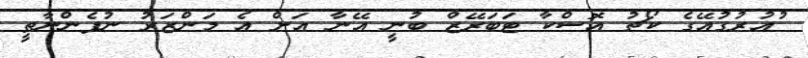
ުއުރުގުއޭގެ ކޯޗު އޮސްކާ ޓަބަރޭޒް ބުނީ އޭނާ އަށް އެ މަންޒަރު ނުފެންނާތީ